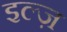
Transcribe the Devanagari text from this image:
इल्ज़